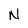
Character: N